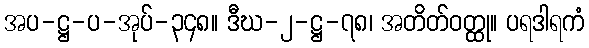
အပ-ဋ္ဌ-ပ-အုပ်-၃၄၈။ ဒီဃ-၂-ဋ္ဌ-၇၈၊ အတိတ်ဝတ္ထု။ ပရဒါရကံ